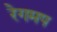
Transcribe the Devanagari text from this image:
रेगमप